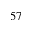
5 7